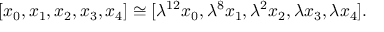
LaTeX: [ x _ { 0 } , x _ { 1 } , x _ { 2 } , x _ { 3 } , x _ { 4 } ] \cong [ \lambda ^ { 1 2 } x _ { 0 } , \lambda ^ { 8 } x _ { 1 } , \lambda ^ { 2 } x _ { 2 } , \lambda x _ { 3 } , \lambda x _ { 4 } ] .